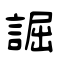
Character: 誳